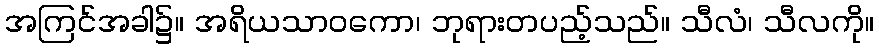
အကြင်အခါ၌။ အရိယသာဝကော၊ ဘုရားတပည့်သည်။ သီလံ၊ သီလကို။